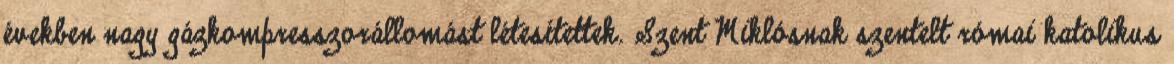
években nagy gázkompresszorállomást létesítettek. Szent Miklósnak szentelt római katolikus